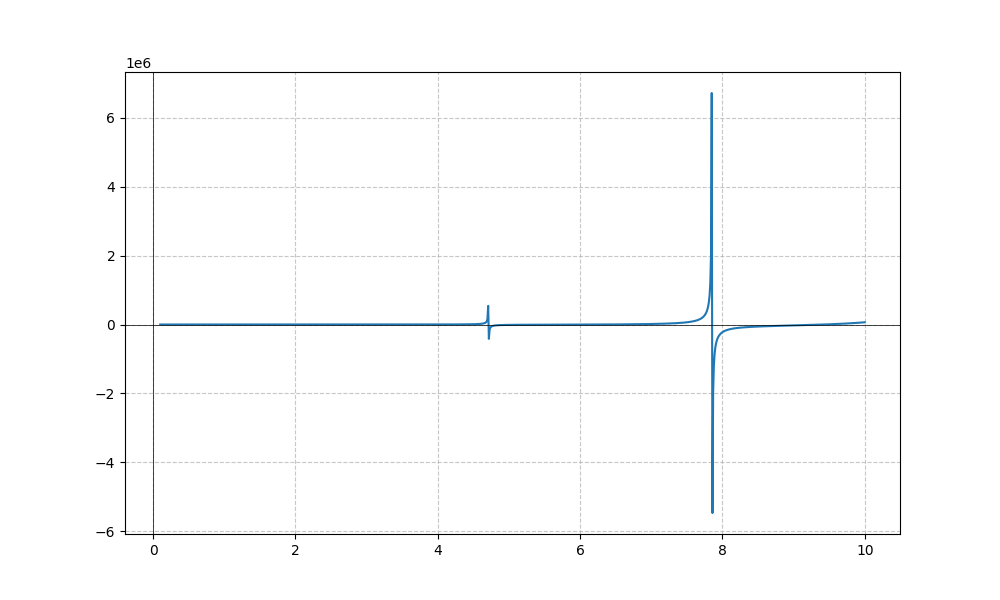
LaTeX formula: x^{5} \tan{\left(x \right)}